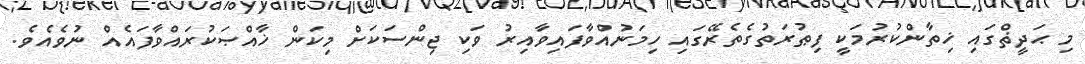
މި ޙަދީޡްގައި ޚިތާންކުރުމަކީ ފިޠުރަތުގެތެރޭގައި ހިމަނުއްވާފައިވާއިރު ވަކި ޖިންސަކަށް މިކަން ޚާއްޞަކުރައްވާފައެއް ނުވެއެވެ.